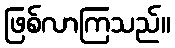
ဖြစ်လာကြသည်။